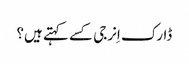
ڈارک اِنرجی کسے کہتے ہیں؟